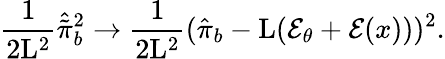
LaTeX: \frac{1}{2\mathrm{L}^{2}}\hat{\tilde{\pi}}_{b}^{2}\rightarrow\frac{1}{2\mathrm{L}^{2}}(\hat{\pi}_{b}-\mathrm{L}({\cal E}_{\theta}+{\cal E}(x)))^{2}.